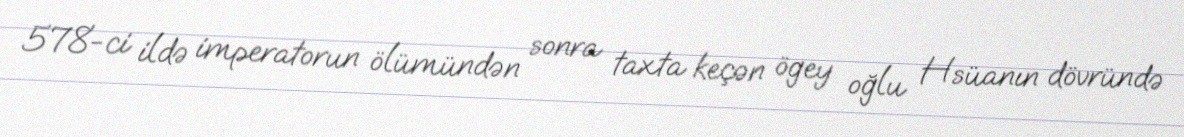
578-ci ildə imperatorun ölümündən sonra taxta keçən ögey oğlu Hsüanın dövründə